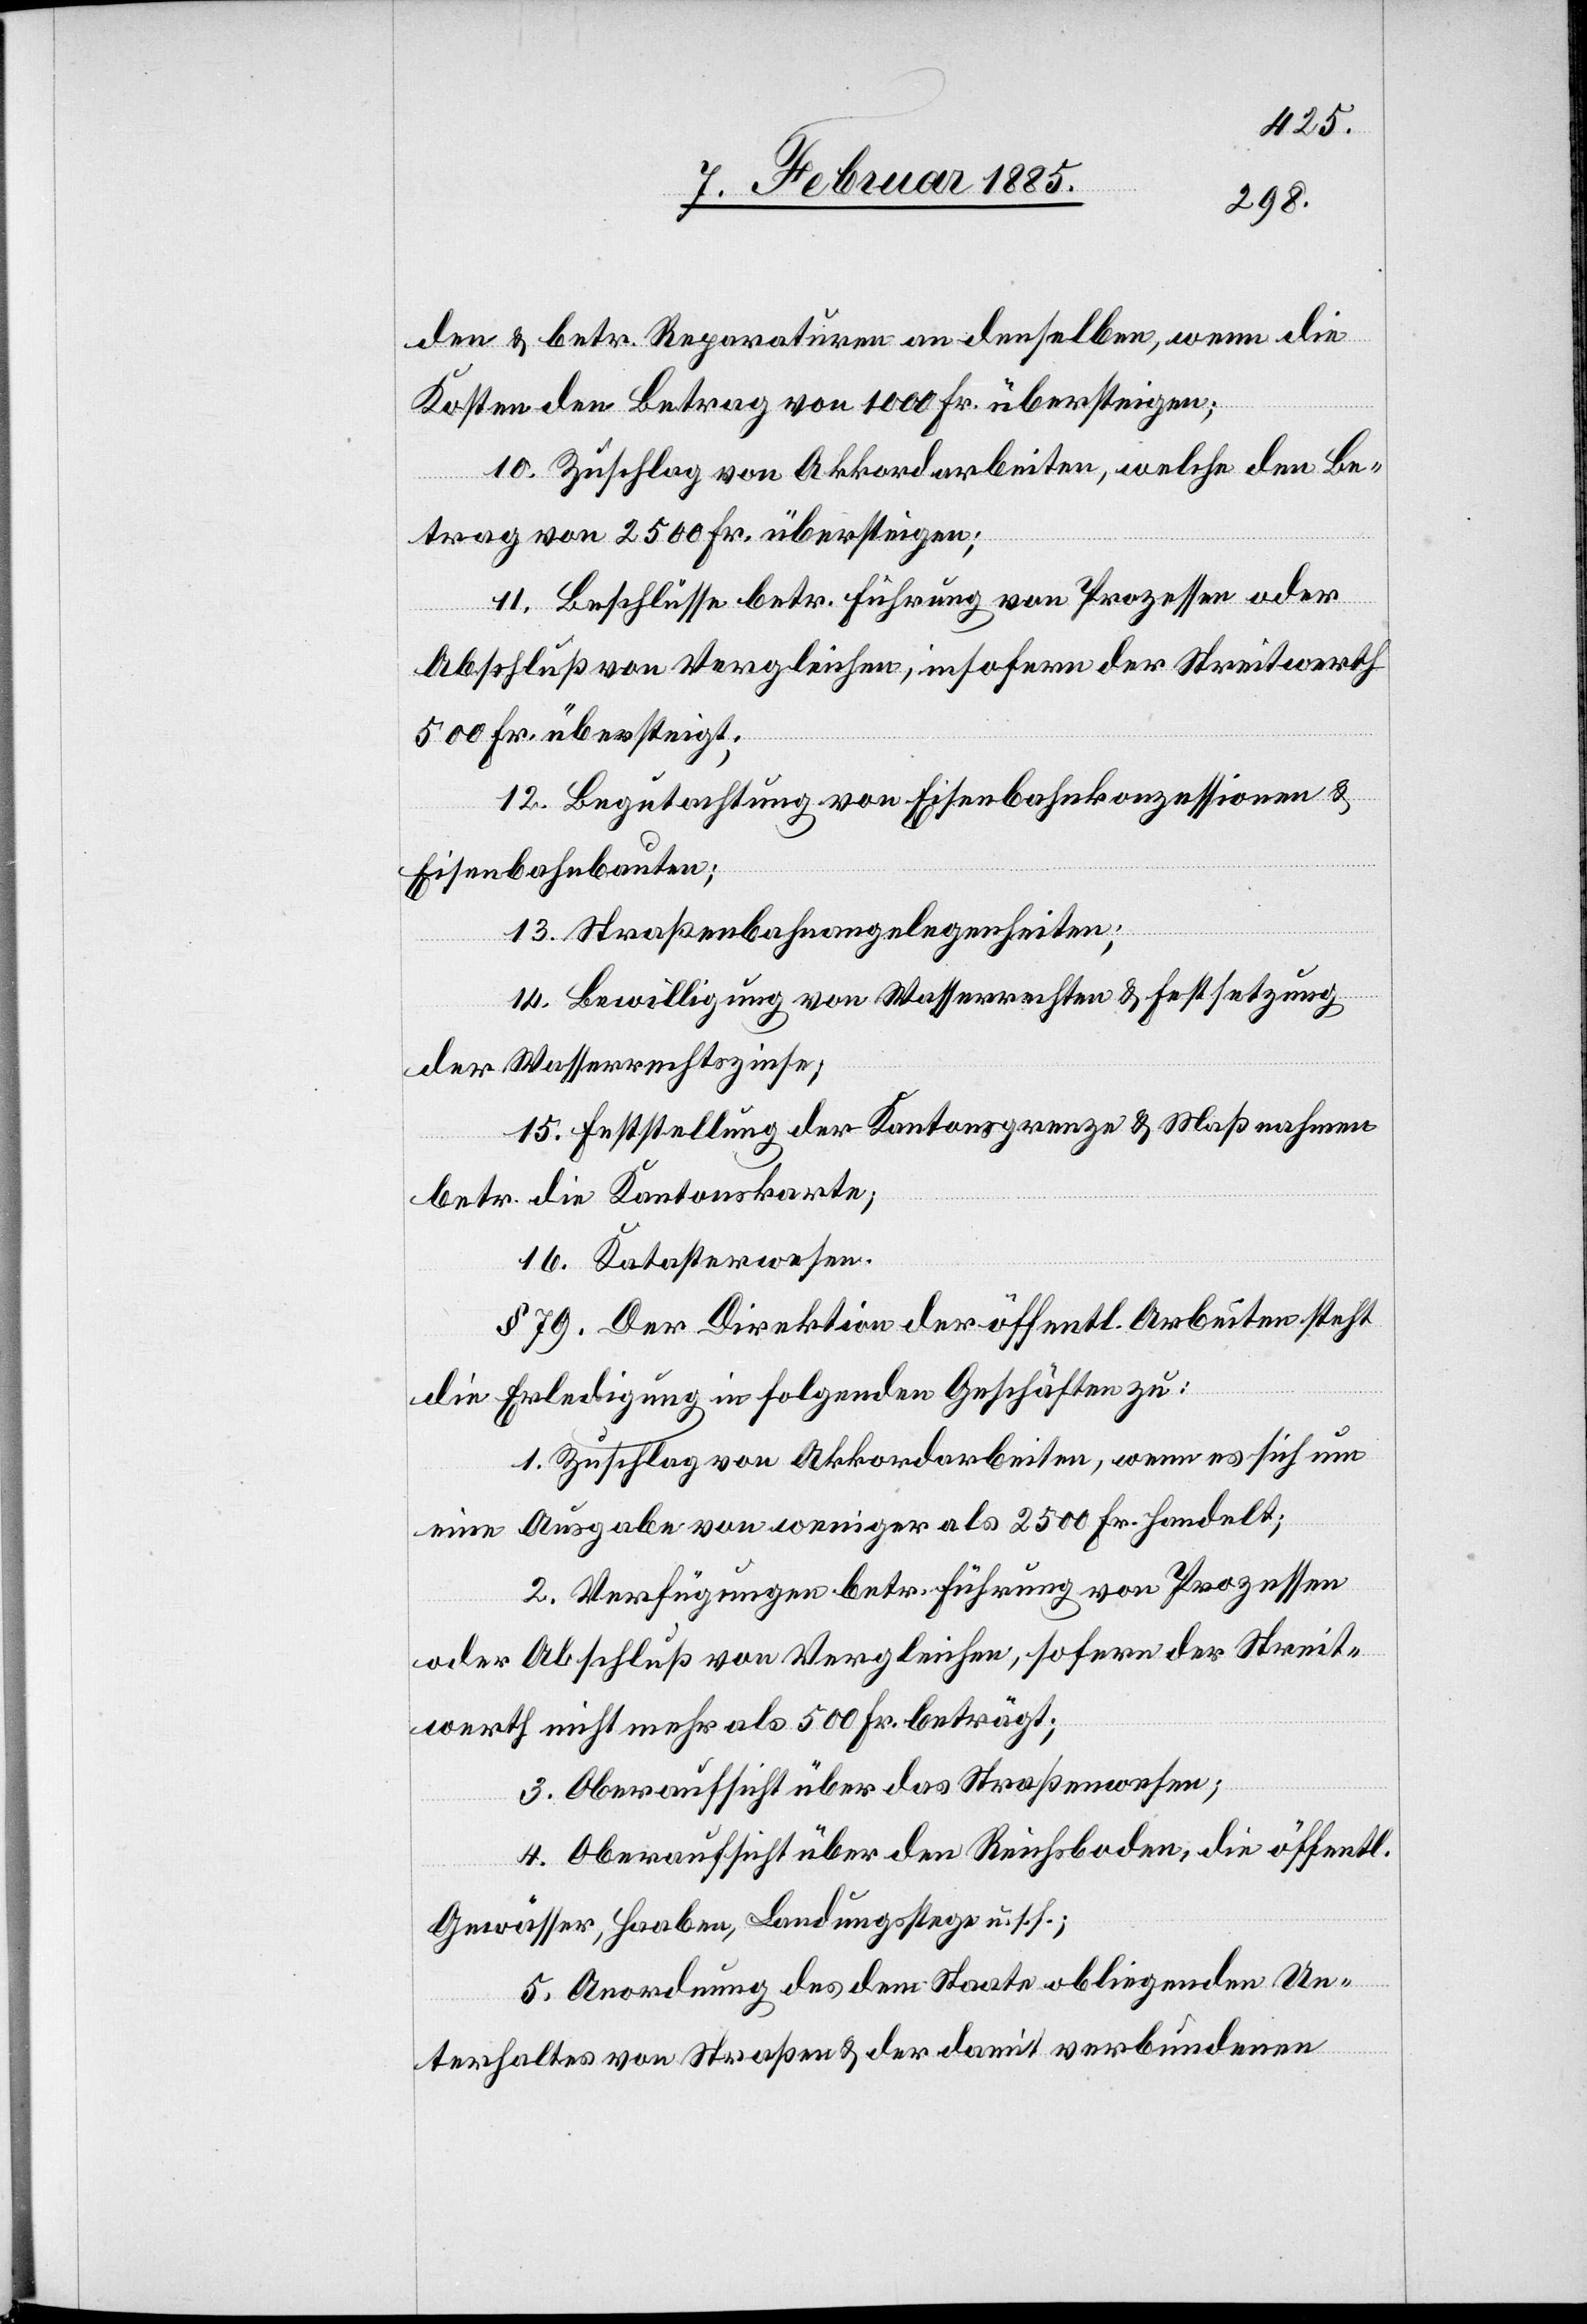
den & betr. Reparaturen an denselben, wenn die
Kosten den Betrag von 1000 Fr. übersteigen;
10. Zuschlag von Akkordarbeiten, welche den Be¬
trag von 2500 Fr. übersteigen;
11. Beschlüsse betr. Führung von Prozessen oder
Abschluß von Vergleichen, insofern der Streitwerth
500 Fr. übersteigt;
12. Begutachtung von Eisenbahnkonzessionen &
Eisenbahnbauten;
13. Straßenbahnangelegenheiten;
14. Bewilligung von Wasserrechten & Festsetzung
der Wasserrechtszinse;
15. Feststellung der Kantonsgrenze & Maßnahme
betr. die kantonskarte;
16. Katasterwesen.
§ 79. Der Direktion der öffentl. Arbeiten steht
die Erledigung in folgenden Geschäften zu:
1. Zuschlag von Akkordarbeiten, wenn es sich um
eine Ausgabe von weniger als 2500 Fr. handelt;
2. Verfügungen betr. Führung von Prozessen
oder Abschluß von Vergleichen, sofern der Streit¬
werth nicht mehr als 500 Fr. beträgt;
3. Oberaufsicht über das Straßenwesen;
4. Oberaufsicht über den Reichsboden, die öffentl.
Gewäßer, Haaben, Landungsstege u. s. f.;
5. Anordnung des dem Staate obliegenden Un¬
terhaltes von Straßen & der damit verbundenen